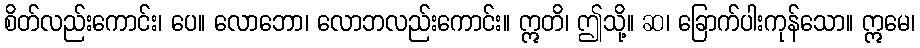
စိတ်လည်းကောင်း၊ ပေ။ လောဘော၊ လောဘလည်းကောင်း။ ဣတိ၊ ဤသို့။ ဆ၊ ခြောက်ပါးကုန်သော။ ဣမေ၊